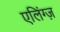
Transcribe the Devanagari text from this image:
एलिंग्ज़